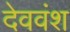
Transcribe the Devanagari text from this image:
देववंश